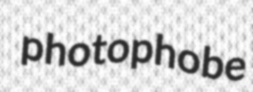
photophobe